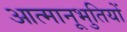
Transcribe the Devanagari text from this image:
आत्मानूभुतियों